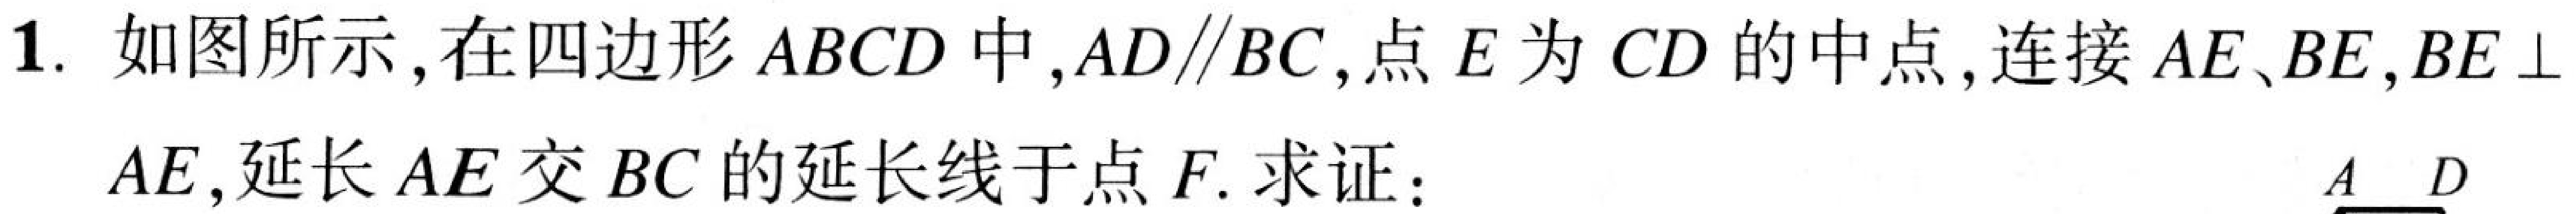
1. 如图所示，在四边形\(ABCD\)中，\(AD\parallel BC\)，点\(E\)为\(CD\)的中点，连接\(AE\)、\(BE\)，\(BE\perp AE\)，延长\(AE\)交\(BC\)的延长线于点\(F\). 求证：  \(A\)  \(D\)